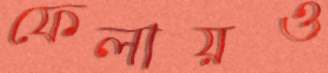
ফেলায়ও